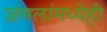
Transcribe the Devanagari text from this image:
जंगलांमध्येही